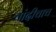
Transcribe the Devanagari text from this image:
चांदीचाच